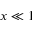
x \ll 1